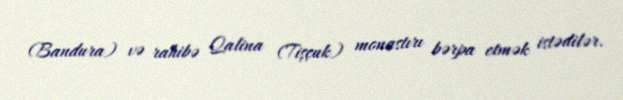
(Bandura) və rahibə Qalina (Tişçuk) monastırı bərpa etmək istədilər.